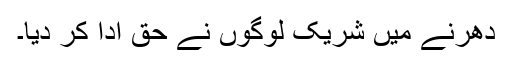
دھرنے میں شریک لوگوں نے حق ادا کر دیا۔